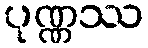
ပုဏ္ဏဿ